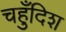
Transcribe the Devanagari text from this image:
चहुँदिश